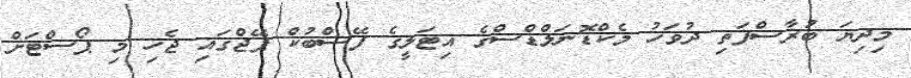
މިދިޔަ ބުރާސްފަތި ދުވަހު މެކްޑޮނަލްޑްސްގެ އިޓަލީގެ ފޭސްބުކް ޕޭޖްގައި ޖެހި މި ޕޯސްޓަށް